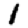
Digit: 1